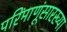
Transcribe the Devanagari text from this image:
परिंमाणूंसारख्या